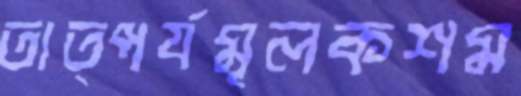
তাত্পর্যমূলকশম